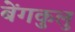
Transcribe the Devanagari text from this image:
बेंगकुलु